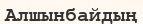
Алшынбайдың